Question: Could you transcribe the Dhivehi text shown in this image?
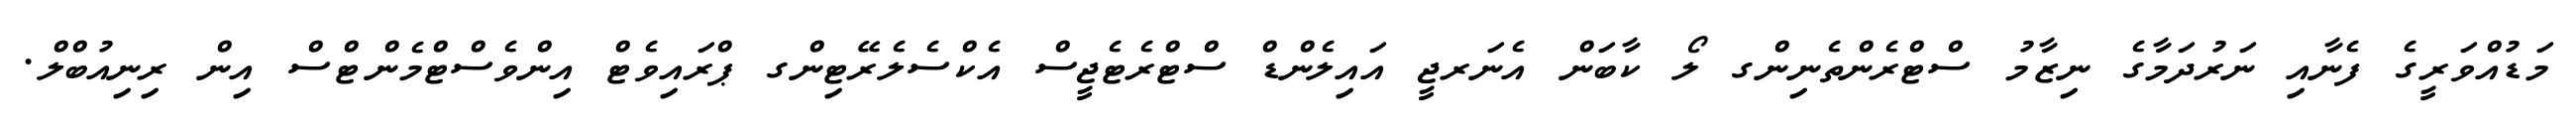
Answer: މަޑުއްވަރީގެ ފެނާއި ނަރުދަމާގެ ނިޒާމު ސްޓްރެންތެނިންގ ލޯ ކާބަން އެނަރޖީ އައިލެންޑް ސްޓްރެޓެޖީސް އެކްސެލެރޭޓިންގ ޕްރައިވެޓް އިންވެސްޓްމެންޓްސް އިން ރިނިއުބްލް.